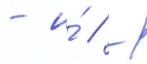
- и́ / -